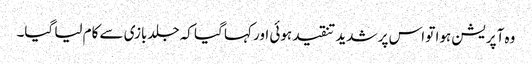
وہ آپریشن ہوا تو اس پر شدید تنقید ہوئی اور کہا گیا کہ جلدبازی سے کام لیا گیا۔